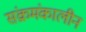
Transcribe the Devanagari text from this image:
संक्रमंकालीन